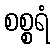
စစ္စရံ